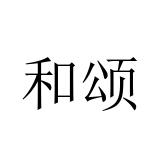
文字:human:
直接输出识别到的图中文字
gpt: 和颂